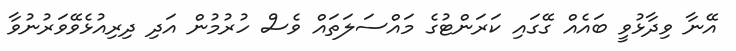
އޭނާ ވިދާޅުވީ ބައެއް ގޭގައި ކަރަންޓުގެ މައްސަލަތައް ވެސް ހުރުމުން އަދި ދިރިއުޅެވޭވަރުނުވާ